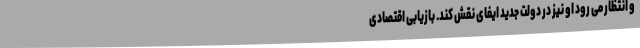
و انتظار می رود او نیز در دولت جدید ایفای نقش کند. بازیابی اقتصادی